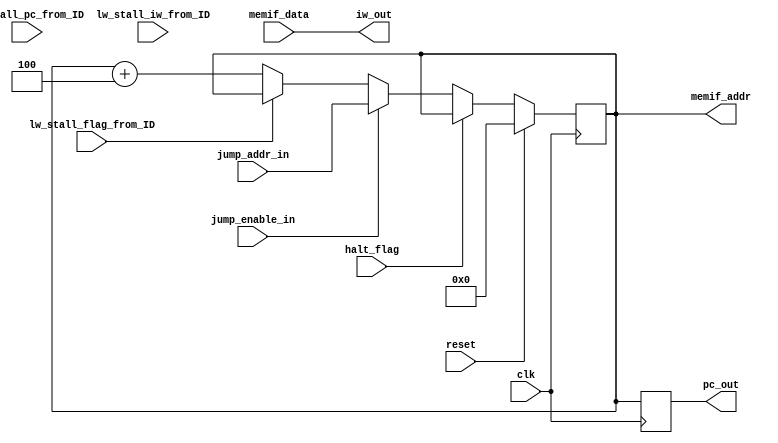
module rv32_if_top
#(
	parameter	PC_RESET = 32'b0
)
(
	// system clock and synchronous reset
	input 					clk							,
	input 					reset							,
	// memory interface
	output 		[31:0]	memif_addr					,
	input 		[31:0] 	memif_data					,
	// to id
	output reg 	[31:0] 	pc_out						,
	output   	[31:0] 	iw_out						,
	//from id 
	input 					halt_flag					,
	input 					jump_enable_in				,
	input 		[31:0] 	jump_addr_in				,
	
	input						lw_stall_flag_from_ID	,
	input			[31:0]	lw_stall_pc_from_ID		,
	input			[31:0]	lw_stall_iw_from_ID				
);

reg [31:0]	PC	;

always @(posedge clk)
begin
	if(reset)
		PC <= PC_RESET						;
	else if(halt_flag)
		PC	<=	PC								;
	else if(jump_enable_in)
		PC	<=	jump_addr_in				;
	else if(lw_stall_flag_from_ID)
		PC	<=	PC								;
	else
		PC	<=	PC + 4						;
end 

assign memif_addr	=	PC					;
	
//registering for pc_out to match the latency of iw_out from memory
always @(posedge clk)
begin
		pc_out	<=	PC	;
end 

//assign iw_out	=	(jump_enable_in == 1'b1)? 32'h00000013: memif_data	;	//This memif_data is already getting registerd in the ram file 
assign iw_out	=	memif_data	;	//This memif_data is already getting registerd in the ram file 

//always @(*)
//begin
//	if(lw_stall_flag_from_ID)
//		iw_out	=	lw_stall_iw_from_ID	;
//	else
//		iw_out	=	memif_data				;
//end 

endmodule